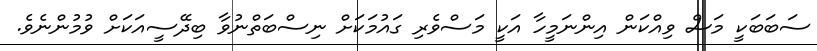
ސަބަބަކީ މަސް ވިއްކަން އިންނަމީހާ އަކީ މަސްވެރި ގައުމަކަށް ނިސްބަތްނުވާ ބިދޭސީއަކަށް ވުމުންނެވެ.